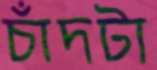
চাঁদটা